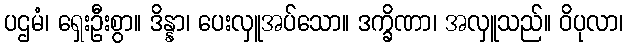
ပဌမံ၊ ရှေးဦးစွာ။ ဒိန္နာ၊ ပေးလှူအပ်သော။ ဒက္ခိဏာ၊ အလှူသည်။ ဝိပုလာ၊